Lunatic asylums Punjab 1881-1894 - 1881-1894
Year: 1881
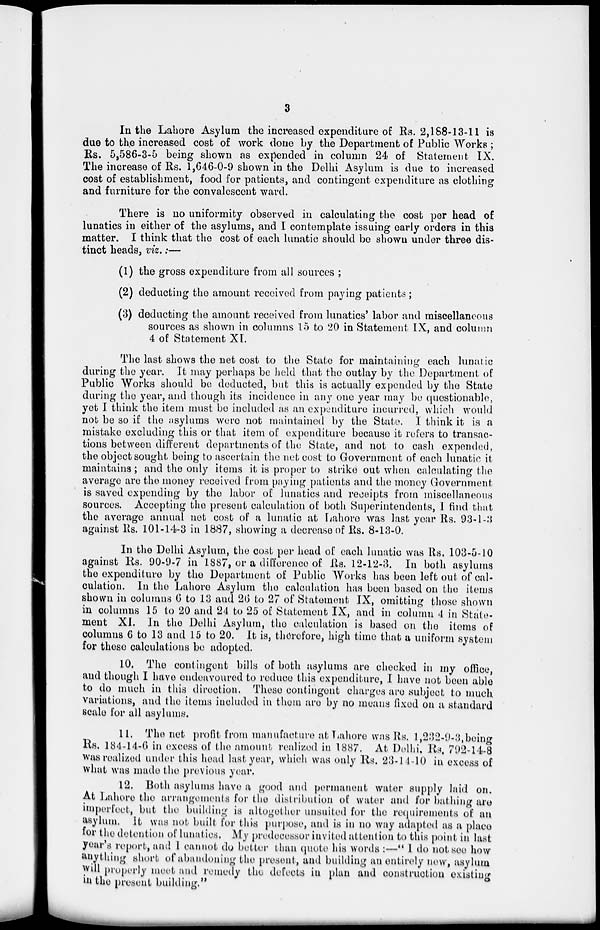
3
In the Lahore Asylum the increased expenditure of Rs. 2,188-13-11 is
due to the increased cost of work done by the Department of Public Works ;
Rs. 5,586-3-5 being shown as expended in column 24 of Statement IX.
The increase of Rs. 1,646-0-9 shown in the Delhi Asylum is due to increased
cost of establishment, food for patients, and contingent expenditure as clothing
and furniture for the convalescent ward.
There is no uniformity observed in calculating the cost per head of
lunatics in either of the asylums, and I contemplate issuing early orders in this
matter. I think that the cost of each lunatic should be shown under three dis-
tinct heads, viz. :—
(1) the gross expenditure from all sources ;
(2) deducting the amount received from paying patients ;
(3) deducting the amount received from lunatics' labor and miscellaneous
sources as shown in columns 15 to 20 in Statement IX, and column
4 of Statement XI.
The last shows the net cost to the State for maintaining each lunatic
during the year. It may perhaps be held that the outlay by the Department of
Public Works should be deducted, but this is actually expended by the State
during the year, and though its incidence in any one year may be questionable,
yet I think the item must be included as an expenditure incurred, which would
not be so if the asylums were not maintained by the State. I think it is a
mistake excluding this or that item of expenditure because it refers to transac-
tions between different departments of the State, and not to cash expended,
the object sought being to ascertain the net cost to Government of each lunatic it
maintains ; and the only items it is proper to strike out when calculating the
average are the money received from paying patients and the money Government
is saved expending by the labor of lunatics and receipts from miscellaneous
sources. Accepting the present calculation of both Superintendents, I find that
the average annual net cost of a lunatic at Lahore was last year Rs. 93-1-3
against Rs. 101-14-3 in 1887, showing a decrease of Rs. 8-13-0.
In the Delhi Asylum, the cost per head of each lunatic was Rs. 103-5-10
against Rs. 90-9-7 in 1887, or a difference of Rs. 12-12-3. In both asylums
the expenditure by the Department of Public Works has been left out of cal-
culation. In the Lahore Asylum the calculation has been based on the items
shown in columns 6 to 13 and 26 to 27 of Statement IX, omitting those shown
in columns 15 to 20 and 24 to 25 of Statement IX, and in column 4 in State-
ment XI. In the Delhi Asylum, the calculation is based on the items of
columns 6 to 13 and 15 to 20. It is, therefore, high time that a uniform system
for these calculations be adopted.
10. The contingent bills of both asylums are checked in my office,
and though I have endeavoured to reduce this expenditure, I have not been able
to do much in this direction. These contingent charges are subject to much
variations, and the items included in them are by no means fixed on a standard
scale for all asylums.
11. The net profit from manufacture at Lahore was Rs. l,232-9-3, being
Rs. 184-14-6 in excess of the amount realized in 1887. At Delhi, Rs, 792-14-8
was realized under this head last year, which was only Rs. 23-14-10 in excess of
what was made the previous year.
12. Both asylums have a good and permanent water supply laid on.
At Lahore the arrangements for the distribution of water and for bathing are
imperfect, but the building is altogether unsuited for the requirements of an
asylum. It was not built for this purpose, and is in no way adapted as a place
for the detention of lunatics. My predecessor invited attention to this point in last
year's report, and I cannot do better than quote his words :—" I do not see how
anything short of abandoning the present, and building an entirely new, asylum
will properly meet and remedy the defects in plan and construction existing
in the present building."